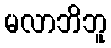
မလာဘိဘူ